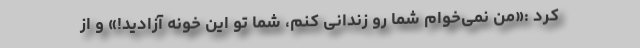
کرد :«من نمی‌خوام شما رو زندانی کنم، شما تو این خونه آزادید!» و از